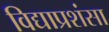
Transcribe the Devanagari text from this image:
विद्याप्रशंसा